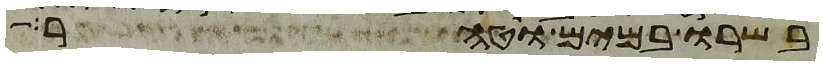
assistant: בשרו במים וטהר